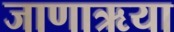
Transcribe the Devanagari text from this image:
जाणाऋया